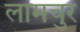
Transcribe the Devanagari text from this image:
लामचुर